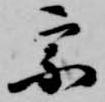
宗